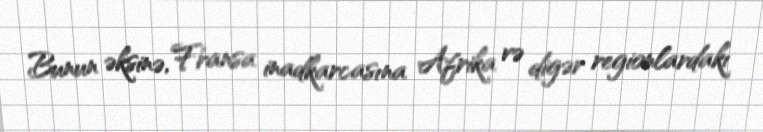
Bunun əksinə, Fransa inadkarcasına Afrika və digər regionlardakı